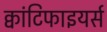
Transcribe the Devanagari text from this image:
क्वांटिफाइयर्स